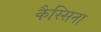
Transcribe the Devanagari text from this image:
कैस्सिना